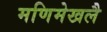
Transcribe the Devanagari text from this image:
मणिमेखलै